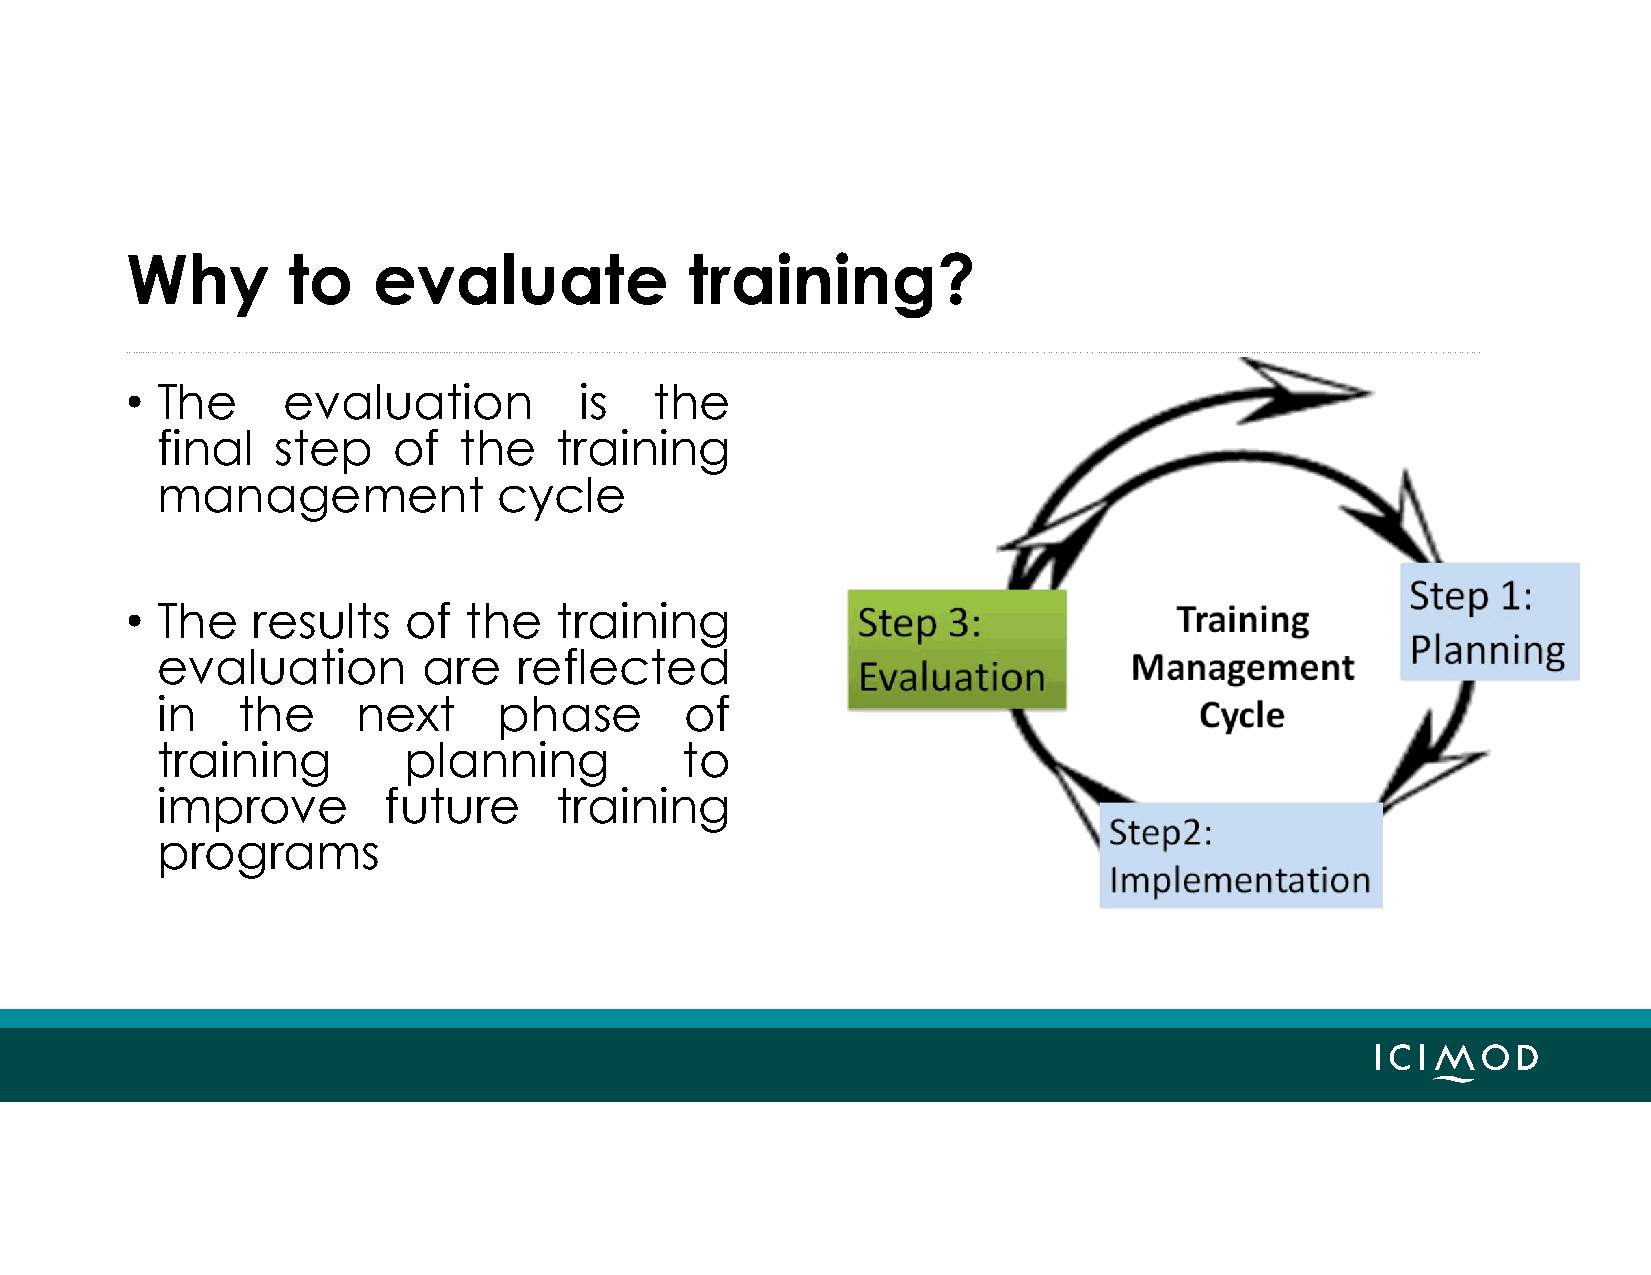
Why        to    evaluate             training?
 • The      evaluation         is   the
 final   step    of  the    training
 management             cycle
 • The    results   of  the   training
 evaluation        are   reflected
 in    the     next     phase       of
 training         planning          to
 improve        future      training
 programs